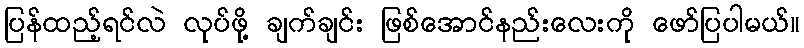
ပြန်ထည့်ရင်လဲ လုပ်ဖို့ ချက်ချင်း ဖြစ်အောင်နည်းလေးကို ဖော်ပြပါမယ်။